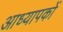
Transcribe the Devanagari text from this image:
आध्यापकों